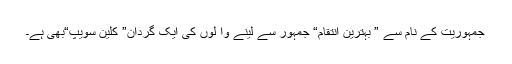
جمہوریت کے نام سے ” بہترین انتقام“ جمہور سے لینے وا لوں کی ایک گردان” کلین سویپ“بھی ہے۔